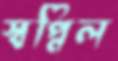
স্বপ্নিল